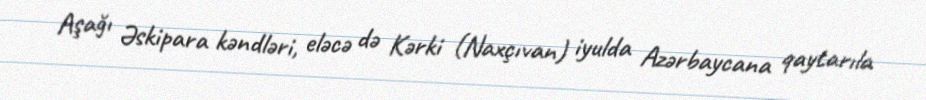
Aşağı Əskipara kəndləri, eləcə də Kərki (Naxçıvan) iyulda Azərbaycana qaytarıla